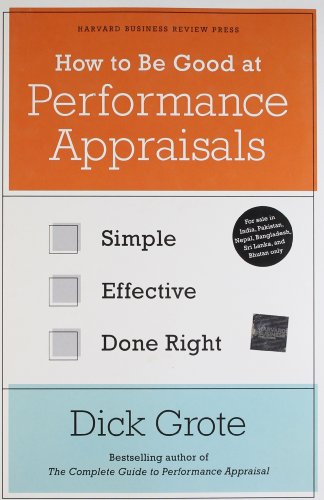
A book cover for How to Be Good at Performance Appraisals: Simple, Effective, Done Right; Dick Grote; Business & Money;